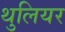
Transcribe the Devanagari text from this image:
थुलियर